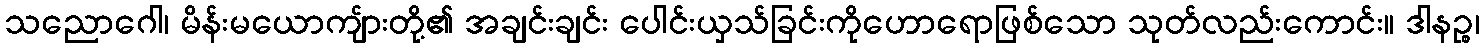
သညောဂေါ၊ မိန်းမယောကျ်ားတို့၏ အချင်းချင်း ပေါင်းယှသ်ခြင်းကိုဟောရောဖြစ်သော သုတ်လည်းကောင်း။ ဒါနဉ္စ၊